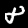
Label: 8